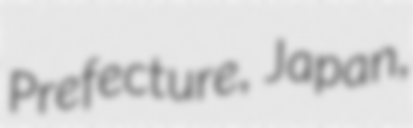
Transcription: Prefecture, Japan,